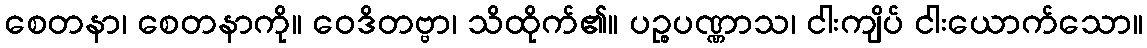
စေတနာ၊ စေတနာကို။ ဝေဒိတဗ္ဗာ၊ သိထိုက်၏။ ပဉ္စပဏ္ဏာသ၊ ငါးကျိပ် ငါးယောက်သော။